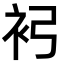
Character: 𧘏